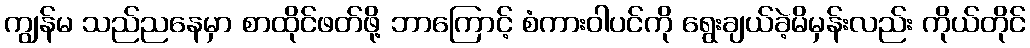
ကျွန်မ သည်ညနေမှာ စာထိုင်ဖတ်ဖို့ ဘာကြောင့် စံကားဝါပင်ကို ရွေးချယ်ခဲ့မိမှန်းလည်း ကိုယ်တိုင်